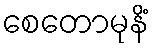
စေတောမုနိံ